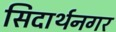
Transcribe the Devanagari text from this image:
सिदार्थनगर